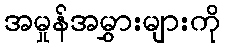
အမှုန်အမွှားများကို